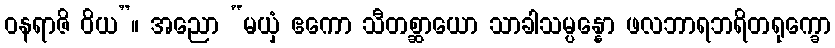
ဝနရာဇိ ဝိယ”။ အညော “မယှံ ဧကော သီတစ္ဆာယော သာခါသမ္ပန္နော ဖလဘာရဘရိတရုက္ခော